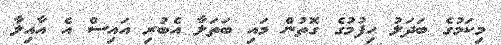
މިކަމުގެ ބަދަލު ހިފުމުގެ ގޮތުން މައި ބަތަލާ އެބުރި އައިސް އެ އާއިލާ